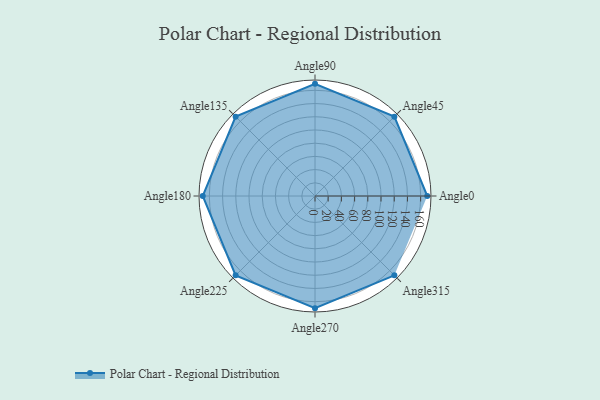
{"axis": {"x": "Angle", "y": "Radius"}, "legend": [""], "data": [{"x": "Angle0", "y": 170, "type": ""}, {"x": "Angle45", "y": 170, "type": ""}, {"x": "Angle90", "y": 170, "type": ""}, {"x": "Angle135", "y": 170, "type": ""}, {"x": "Angle180", "y": 170, "type": ""}, {"x": "Angle225", "y": 170, "type": ""}, {"x": "Angle270", "y": 170, "type": ""}, {"x": "Angle315", "y": 170.0, "type": ""}]}